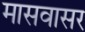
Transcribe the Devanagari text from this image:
मासवासर